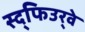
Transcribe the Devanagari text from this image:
स्द्फिउर्‍वे